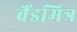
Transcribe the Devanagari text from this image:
बैंडमित्र